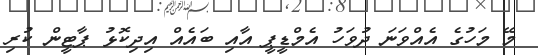
މޭ މަހުގެ އެއްވަނަ ދުވަހު އެމްޑީޕީ އާއި ބައެއް އިދިކޮޅު ޕާޓީން ކުރި